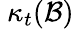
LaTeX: \ \kappa_{t}({\mathcal{B}})